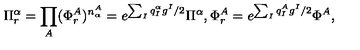
\Pi _ { r } ^ { \alpha } = \prod _ { A } ( \Phi _ { r } ^ { A } ) ^ { n _ { \alpha } ^ { A } } = e ^ { \sum _ { I } q _ { I } ^ { \alpha } g ^ { I } / 2 } \Pi ^ { \alpha } , \Phi _ { r } ^ { A } = e ^ { \sum _ { I } q _ { I } ^ { A } g ^ { I } / 2 } \Phi ^ { A } ,